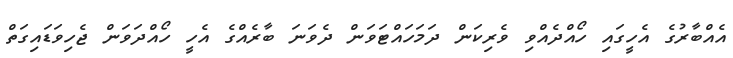
އެއްބާރުގެ އެހީގައި ހޯއްދެއްވި ވެރިކަން ދަމަހައްޓަވަން ދެވަނަ ބާރެއްގެ އެހީ ހޯއްދަވަން ޖެހިވަޑައިގަތް